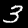
Digit: 3